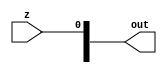
/*
   This file was generated automatically by the Mojo IDE version B1.3.4.
   Do not edit this file directly. Instead edit the original Lucid source.
   This is a temporary file and any changes made to it will be destroyed.
*/

module eightbitCMPEQ_13 (
    input z,
    output reg [7:0] out
  );
  
  
  
  reg [7:0] x;
  
  integer i;
  
  always @* begin
    x[0+0-:1] = z;
    for (i = 1'h1; i < 4'h8; i = i + 1) begin
      x[(i)*1+0-:1] = 1'h0;
    end
    out = x;
  end
endmodule